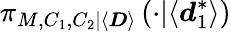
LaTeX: \pi_{M,C_{1},C_{2}|\langle\boldsymbol{D}\rangle}\left(\cdot|\langle\boldsymbol{d}_{1}^{*}\rangle\right)